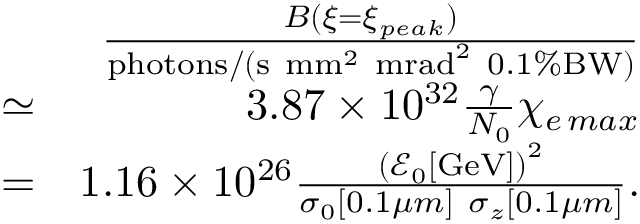
\begin{array} { r l r } & { } & { \frac { B ( \xi = \xi _ { p e a k } ) } { \mathrm { p h o t o n s } / ( \mathrm { s } \ \mathrm { m m } ^ { 2 } \ \mathrm { m r a d } ^ { 2 } \ 0 . 1 \% \mathrm { B W } ) } } \\ & { \simeq } & { 3 . 8 7 \times 1 0 ^ { 3 2 } \frac { \gamma } { N _ { 0 } } \chi _ { e \, m a x } } \\ & { = } & { 1 . 1 6 \times 1 0 ^ { 2 6 } \frac { \left( \mathcal { E } _ { 0 } [ \mathrm { G e V } ] \right) ^ { 2 } } { \sigma _ { 0 } [ 0 . 1 \mu m ] \ \sigma _ { z } [ 0 . 1 \mu m ] } . } \end{array}